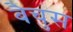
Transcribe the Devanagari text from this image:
बैचुस